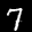
Label: 7